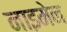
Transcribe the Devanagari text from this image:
नाइमेन